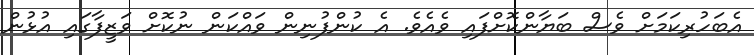
އެބަހުރިކަމަށް ވެސް ބަޔާންކޮށްފައި ވެއެވެ. އެ ކުންފުނިން ވައްކަން ނުކޮށް ވަޒީފާގައި އުޅުން